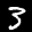
Label: 3